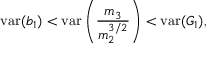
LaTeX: \operatorname { v a r } ( b _ { 1 } ) < \operatorname { v a r } \left( { \frac { m _ { 3 } } { m _ { 2 } ^ { 3 / 2 } } } \right) < \operatorname { v a r } ( G _ { 1 } ) ,